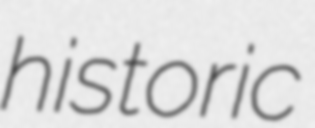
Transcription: historic